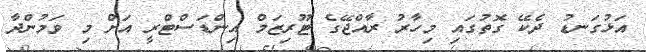
އަޅުގަނޑު ދެކޭ ގޮތުގައި މިހާރު ރާއްޖޭގެ ޓޫރިޒަމް އިންޑަސްޓްރީ އަށް މި ވަމުންދާ